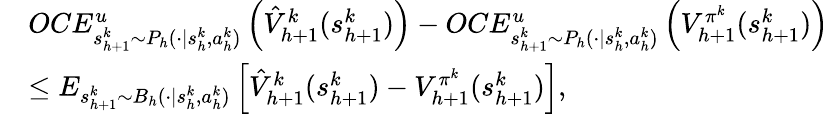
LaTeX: \begin{array}{rl}&{OCE_{s_{h+1}^{k}\sim P_{h}(\cdot\vert s_{h}^{k},a_{h}^{k})}^{u}\left(\hat{V}_{h+1}^{k}(s_{h+1}^{k})\right)-OCE_{s_{h+1}^{k}\sim P_{h}(\cdot\vert s_{h}^{k},a_{h}^{k})}^{u}\left(V_{h+1}^{\pi^{k}}(s_{h+1}^{k})\right)}\\ &{\leq E_{s_{h+1}^{k}\sim B_{h}(\cdot\vert s_{h}^{k},a_{h}^{k})}\left[\hat{V}_{h+1}^{k}(s_{h+1}^{k})-V_{h+1}^{\pi^{k}}(s_{h+1}^{k})\right],}\end{array}